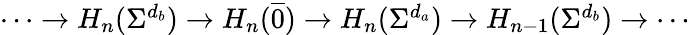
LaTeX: \begin{array}{r}{\cdots\to H_{n}(\Sigma^{d_{b}})\to H_{n}(\overline{{0}})\to H_{n}(\Sigma^{d_{a}})\to H_{n-1}(\Sigma^{d_{b}})\to\cdots}\end{array}